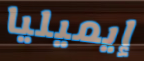
إيميليا